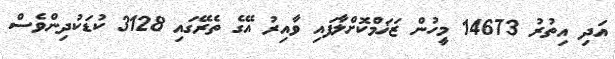
އަދި އިތުރު 14673 މީހުން ޒަޚަމްކޮށްލާފައި ވާއިރު އޭގެ ތެރޭގައި 3128 ކުޑަކުދިންވެސް